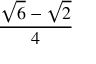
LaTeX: \frac { { \sqrt { 6 } } - { \sqrt { 2 } } } { 4 }